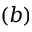
( b )